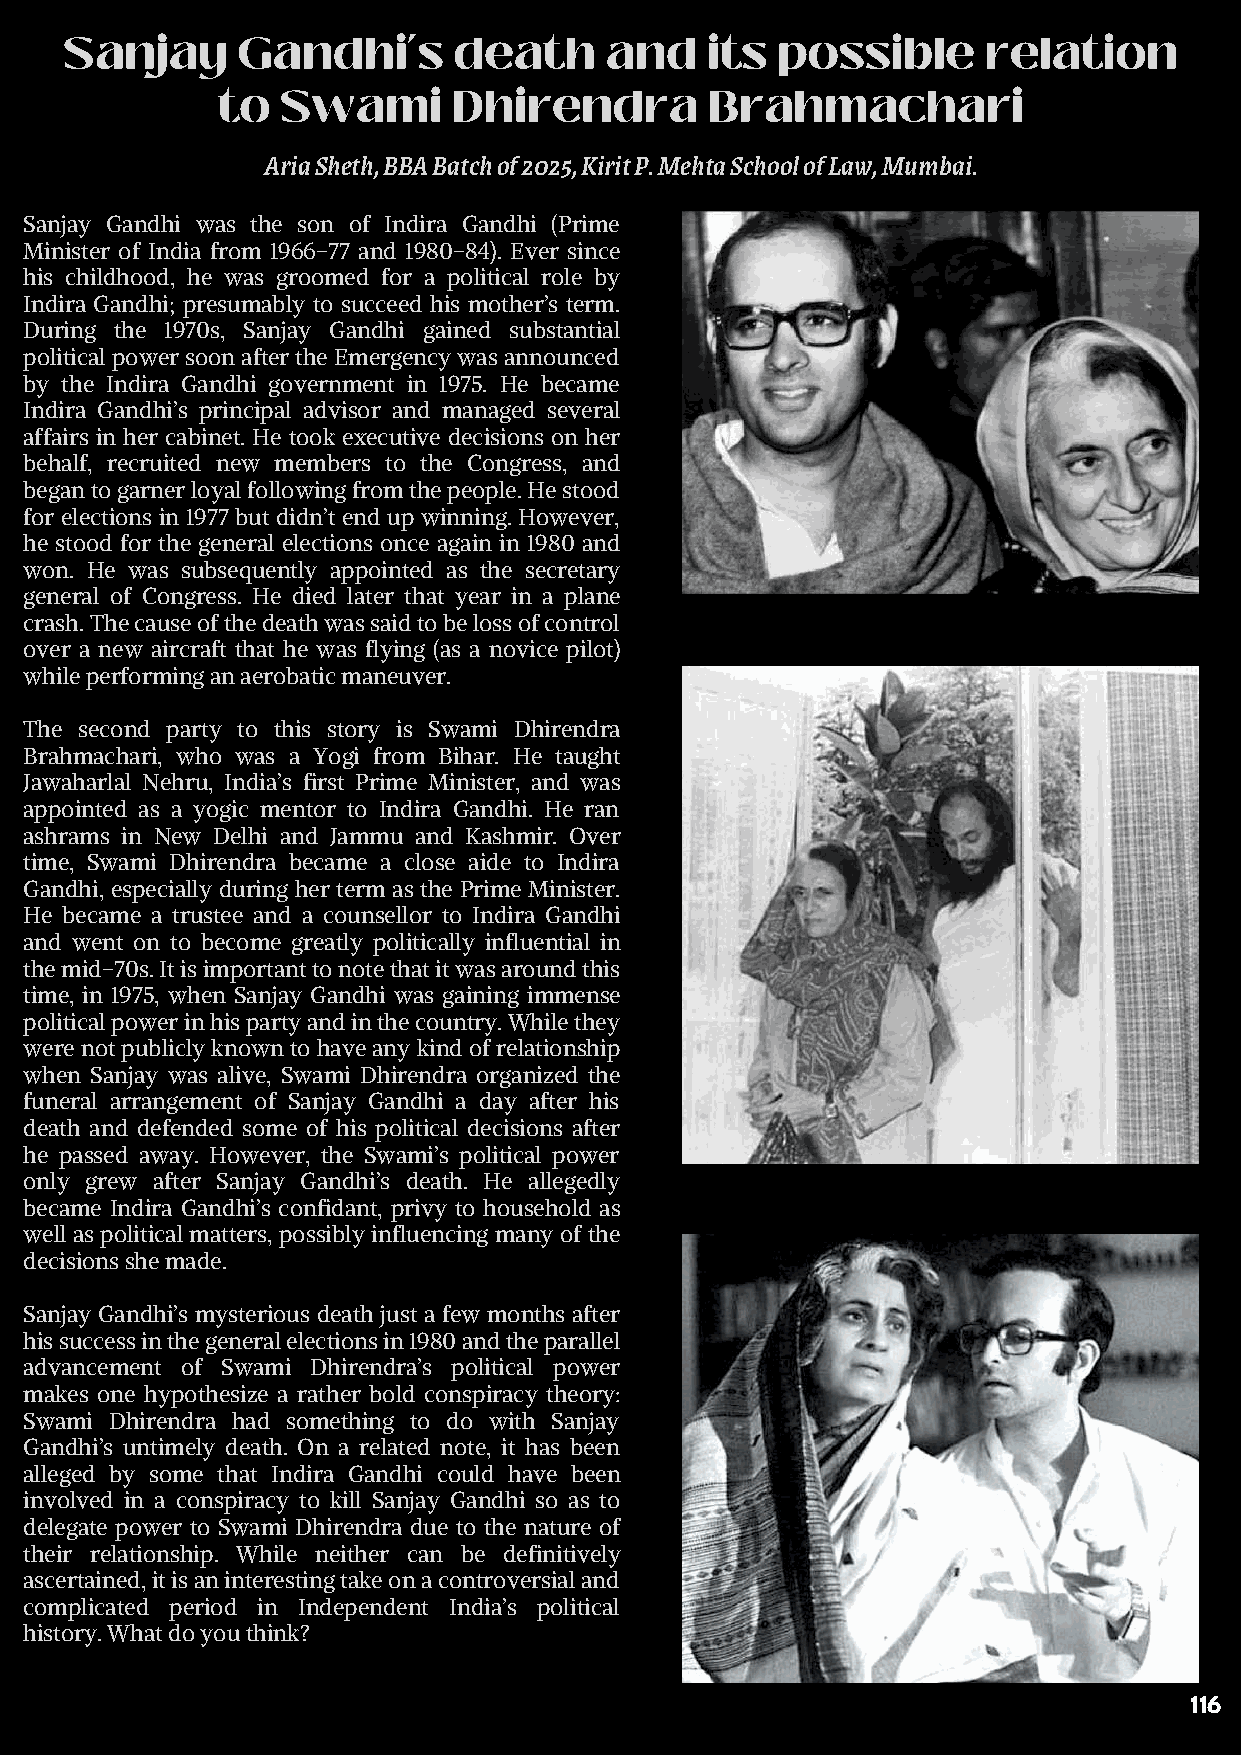
Sanjay      Gandhi’s      death     and    its possible      relation
 to   Swami      Dhirendra        Brahmachari
 Aria Sheth, BBA Batch of 2025, Kirit P. Mehta School of Law, Mumbai.
 Sanjay Gandhi was the son of Indira Gandhi (Prime
 Minister of India from 1966-77 and 1980-84). Ever since
 his childhood, he was groomed for a political role by
 Indira Gandhi; presumably to succeed his mother’s term.
 During the 1970s, Sanjay Gandhi gained substantial
 political power soon after the Emergency was announced
 by the Indira Gandhi government in 1975. He became
 Indira Gandhi’s principal advisor and managed several
 affairs in her cabinet. He took executive decisions on her
 behalf, recruited new members to the Congress, and
 began to garner loyal following from the people. He stood
 for elections in 1977 but didn’t end up winning. However,
 he stood for the general elections once again in 1980 and
 won. He was subsequently appointed as the secretary
 general of Congress. He died later that year in a plane
 crash. The cause of the death was said to be loss of control
 over a new aircraft that he was flying (as a novice pilot)
 while performing an aerobatic maneuver.
 The second party to this story is Swami Dhirendra
 Brahmachari, who was a Yogi from Bihar. He taught
 Jawaharlal Nehru, India’s first Prime Minister, and was
 appointed as a yogic mentor to Indira Gandhi. He ran
 ashrams in New Delhi and Jammu and Kashmir. Over
 time, Swami Dhirendra became a close aide to Indira
 Gandhi, especially during her term as the Prime Minister.
 He became a trustee and a counsellor to Indira Gandhi
 and went on to become greatly politically influential in
 the mid-70s. It is important to note that it was around this
 time, in 1975, when Sanjay Gandhi was gaining immense
 political power in his party and in the country. While they
 were not publicly known to have any kind of relationship
 when Sanjay was alive, Swami Dhirendra organized the
 funeral arrangement of Sanjay Gandhi a day after his
 death and defended some of his political decisions after
 he passed away. However, the Swami’s political power
 only grew after Sanjay Gandhi’s death. He allegedly
 became Indira Gandhi’s confidant, privy to household as
 well as political matters, possibly influencing many of the
 decisions she made.
 Sanjay Gandhi’s mysterious death just a few months after
 his success in the general elections in 1980 and the parallel
 advancement of Swami Dhirendra’s political power
 makes one hypothesize a rather bold conspiracy theory:
 Swami Dhirendra had something to do with Sanjay
 Gandhi’s untimely death. On a related note, it has been
 alleged by some that Indira Gandhi could have been
 involved in a conspiracy to kill Sanjay Gandhi so as to
 delegate power to Swami Dhirendra due to the nature of
 their relationship. While neither can be definitively
 ascertained, it is an interesting take on a controversial and
 complicated period in Independent India’s political
 history. What do you think?
 116